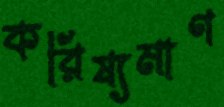
করিষ্যমাণ